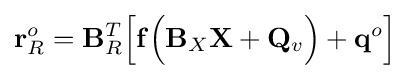
\mathbf {r} _{R}^{o}=\mathbf {B} _{R}^{T}{\Big [}\mathbf {f} {\Big (}\mathbf {B} _{X}\mathbf {X} +\mathbf {Q} _{v}{\Big )}+\mathbf {q} ^{o}{\Big ]}